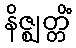
နိဇ္ဈတ္တိံ